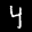
Label: 4